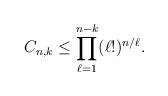
\begin{align*} C_{n,k} \leq \prod_{\ell=1}^{n-k} (\ell!)^{n/\ell}. \end{align*}